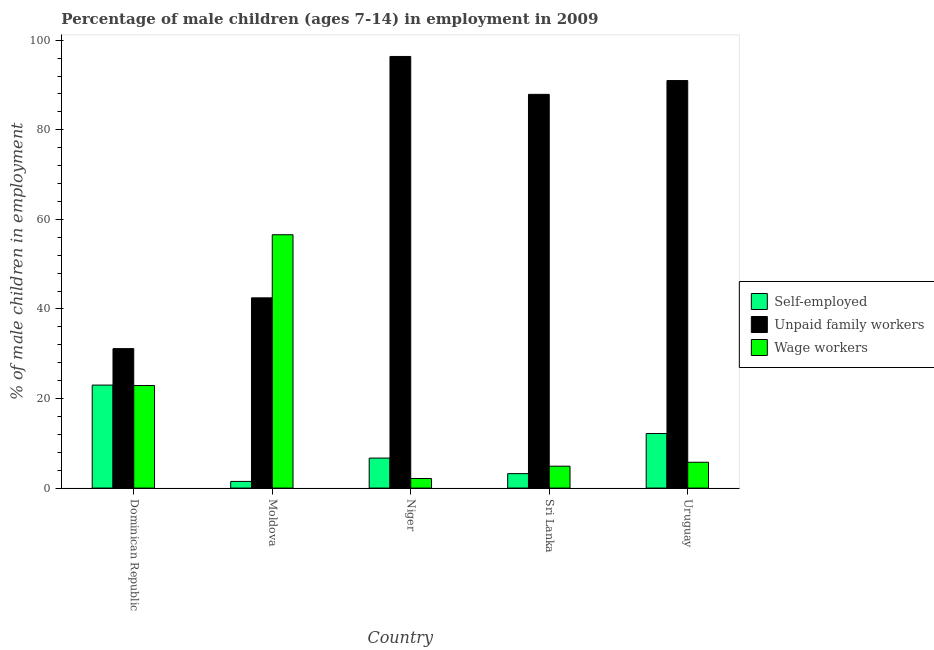
| Country | Self-employed | Unpaid family workers | Wage workers |
 | --- | --- | --- | --- |
 | Dominican Republic | 23 | 31.1 | 22.9 |
 | Moldova | 1.49 | 42.5 | 56.6 |
 | Niger | 6.7 | 96.4 | 2.14 |
 | Sri Lanka | 3.23 | 87.9 | 4.89 |
 | Uruguay | 12.2 | 91 | 5.77 |